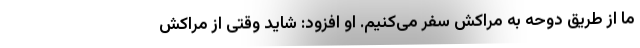
ما از طریق دوحه به مراکش سفر می‌کنیم. او افزود: شاید وقتی از مراکش